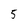
Character: 5